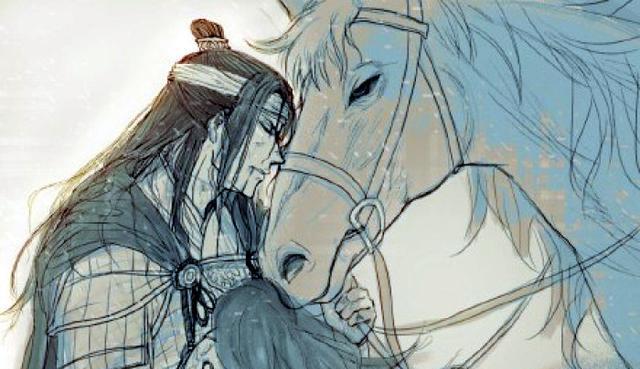
凤箫声动，玉壶光转，一夜鱼龙舞。